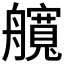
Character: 𦪻